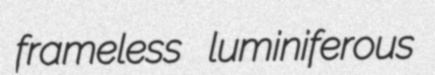
frameless luminiferous